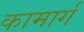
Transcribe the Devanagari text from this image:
कामार्ग